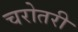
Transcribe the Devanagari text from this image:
चरोतरी